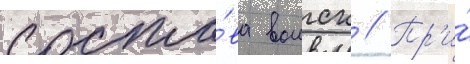
соста́ва воиск // Пр'и́